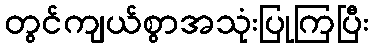
တွင်ကျယ်စွာအသုံးပြုကြပြီး